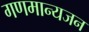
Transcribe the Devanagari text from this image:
गणमान्यजन